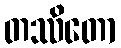
တဿိတော